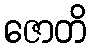
ဇောတိ